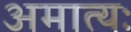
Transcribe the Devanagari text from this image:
अमात्यः